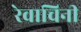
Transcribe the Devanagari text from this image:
रेवाचिनी